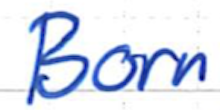
Text: Born
Cross-out: clean
Writing tool: ballpoint